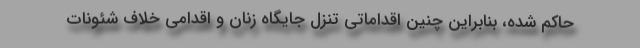
حاکم شده، بنابراین چنین اقداماتی تنزل جایگاه زنان و اقدامی خلاف شئونات